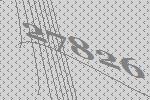
27826